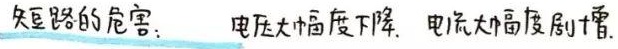
短路的危害：电压大幅度下降，电流大幅度剧增。